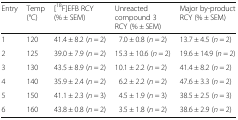
<table><thead><tr><td><b>Entry</b></td><td><b>Temp (°C)</b></td><td><b>[<sup>18</sup>F]EFB RCY (% ± SEM)</b></td><td><b>Unreacted compound 3 RCY (% ± SEM)</b></td><td><b>Major by-product RCY (% ± SEM)</b></td></tr></thead><tbody><tr><td>1</td><td>120</td><td>41.4 ± 8.2 (<i>n</i> = 2)</td><td>7.0 ± 0.8 (<i>n</i> = 2)</td><td>13.7 ± 4.5 (<i>n</i> = 2)</td></tr><tr><td>2</td><td>125</td><td>39.0 ± 7.9 (<i>n</i> = 2)</td><td>15.3 ± 10.6 (<i>n</i> = 2)</td><td>19.6 ± 14.9 (<i>n</i> = 2)</td></tr><tr><td>3</td><td>130</td><td>43.5 ± 8.9 (<i>n</i> = 2)</td><td>10.1 ± 2.2 (<i>n</i> = 2)</td><td>41.4 ± 8.2 (<i>n</i> = 2)</td></tr><tr><td>4</td><td>140</td><td>35.9 ± 2.4 (<i>n</i> = 2)</td><td>6.2 ± 2.2 (<i>n</i> = 2)</td><td>47.6 ± 3.3 (<i>n</i> = 2)</td></tr><tr><td>5</td><td>150</td><td>41.1 ± 2.3 (<i>n</i> = 3)</td><td>4.5 ± 1.9 (<i>n</i> = 3)</td><td>38.5 ± 2.5 (<i>n</i> = 3)</td></tr><tr><td>6</td><td>160</td><td>43.8 ± 0.8 (<i>n</i> = 2)</td><td>3.5 ± 1.8 (<i>n</i> = 2)</td><td>38.6 ± 2.9 (<i>n</i> = 2)</td></tr></tbody></table>